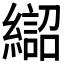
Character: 𱺈